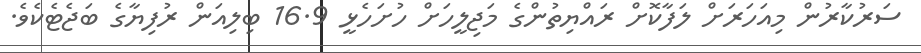
ސަރުކާރުން މިއަހަރަށް ލަފާކޮށް ރައްޔިތުންގެ މަޖިލީހަށް ހުށަހެޅީ 16.9 ބިލިއަން ރުފިޔާގެ ބަޖެޓެކެވެ.